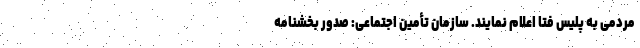
مردمی به پلیس فتا اعلام نمایند. سازمان تأمین اجتماعی: صدور بخشنامه